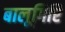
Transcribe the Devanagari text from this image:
बालूगिरि